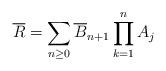
LaTeX: \begin{align*} \overline{R}=\sum_{n \geq 0}{\overline{B}_{n+1} \prod_{k=1}^n{A_j}} \end{align*}